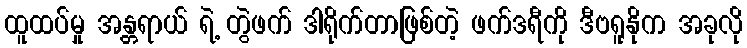
ထူထပ်မှု အန္တရာယ် ရဲ့ တွဲဖက် ဒါရိုက်တာဖြစ်တဲ့ ဖက်ဒရီကို ဒီဗရူနိုက အခုလို